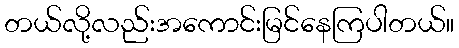
တယ်လို့လည်းအကောင်းမြင်နေကြပါတယ်။